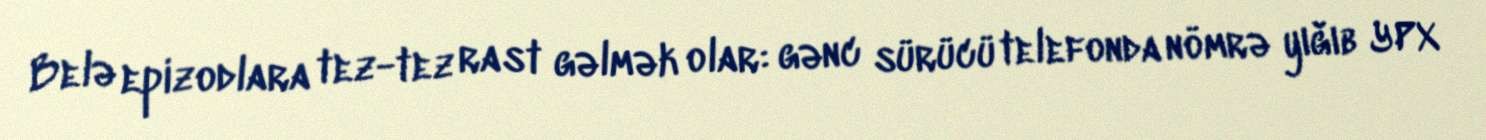
Belə epizodlara tez-tez rast gəlmək olar: gənc sürücü telefonda nömrə yığıb YPX